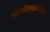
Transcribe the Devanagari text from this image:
थ्रोम्बोच्य्तोपेनिक